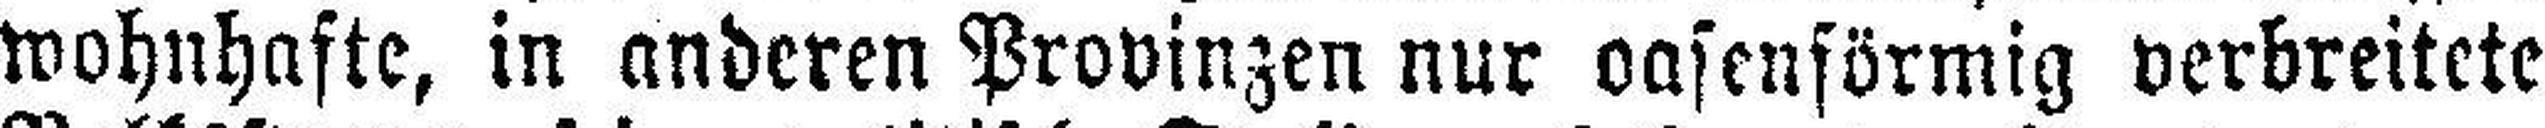
wohnhafte, in anderen Provinzen nur oasenförmig verbreitete